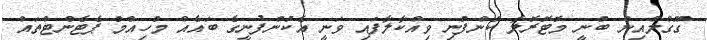
ގޫގްލްއިން ބުނީ މޮޓޮރޮލާ ކުންފުނި ވިއްކާލާފައި ވަނީ އެކުންފުނީގެ ބައެއް މުހިއްމު ޕެޓެންޓްތައް